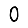
Digit: 0